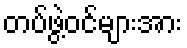
တပ်ဖွဲ့ဝင်များအား